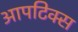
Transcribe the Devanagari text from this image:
आपटिक्स